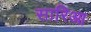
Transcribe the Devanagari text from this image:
सारिआ